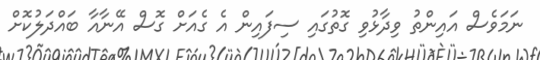
ނަމަވެސް އައިންތު ވިދާޅުވި ގޮތުގައި ސިފައިން އެ ގެއަށް ގޮސް އޭނާއާ ބައްދަލުކޮށް